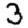
Digit: 3